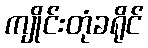
ကျိုင်းတုံခရိုင်